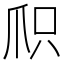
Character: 𬋦